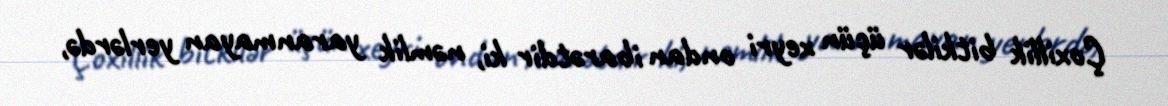
Çoxillik bitkilər üçün xeyri ondan ibarətdir ki, nəmlik yaranmayan yerlərdə,